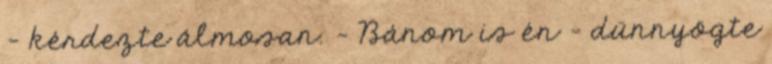
- kérdezte álmosan. - Bánom is én - dünnyögte